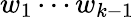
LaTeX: w_{1}\cdots w_{k-1}